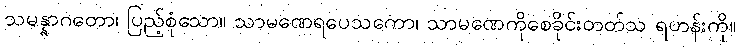
သမန္နာဂတော၊ ပြည့်စုံသော။ သာမဏေရပေသကော၊ သာမဏေကိုစေခိုင်းတတ်သ ရဟန်းကို။